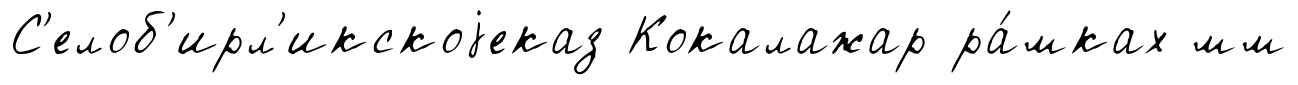
С'елоб'ирл'икскоjеказ Кокалажар ра́мках мм